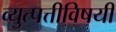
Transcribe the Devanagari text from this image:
व्युत्पत्तीविषयी